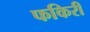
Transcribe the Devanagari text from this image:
फकिरी